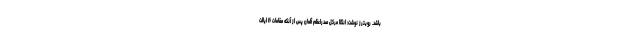
باشد. رویترز نوشت: انگلا مرکل صدراعظم آلمان پس از آنکه مقامات ۱۶ ایالت